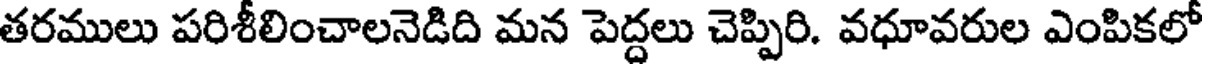
తరములు పరిశీలించాలనెడిది మన పెద్దలు చెప్పిరి. వధూవరుల ఎంపికలో